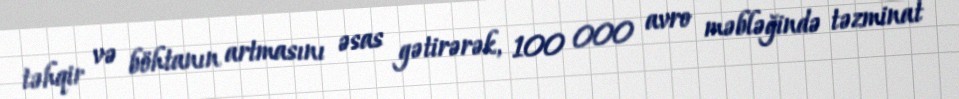
təhqir və böhtanın artmasını əsas gətirərək, 100 000 avro məbləğində təzminat